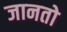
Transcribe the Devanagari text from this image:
जानतो